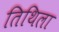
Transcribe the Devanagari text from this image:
तिथिला